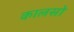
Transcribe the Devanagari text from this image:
कालसो